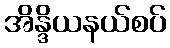
အိန္ဒိယနယ်စပ်